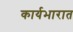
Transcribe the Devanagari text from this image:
कार्यभारात